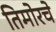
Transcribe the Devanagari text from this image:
तिमोरचे